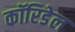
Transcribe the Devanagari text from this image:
कॉरिडेल